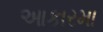
આકારમા